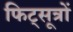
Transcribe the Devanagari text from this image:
फिट्सूत्रों